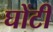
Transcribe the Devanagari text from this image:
घोंटी